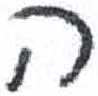
אות: ה